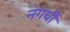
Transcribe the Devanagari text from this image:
नगर्ची